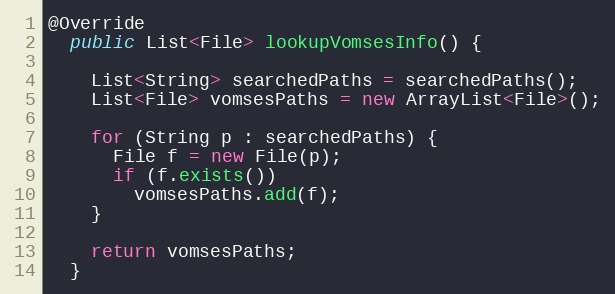
Language: Java
@Override
  public List<File> lookupVomsesInfo() {

    List<String> searchedPaths = searchedPaths();
    List<File> vomsesPaths = new ArrayList<File>();

    for (String p : searchedPaths) {
      File f = new File(p);
      if (f.exists())
        vomsesPaths.add(f);
    }

    return vomsesPaths;
  }